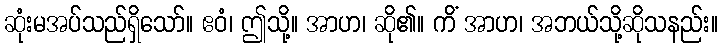
ဆုံးမအပ်သည်ရှိသော်။ ဧဝံ၊ ဤသို့။ အာဟ၊ ဆို၏။ ကိံ အာဟ၊ အဘယ်သို့ဆိုသနည်း။